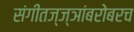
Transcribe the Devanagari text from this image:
संगीतज्ज्ञांबरोबरच